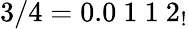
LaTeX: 3/4=0.0\ 1\ 1\ 2_{!}